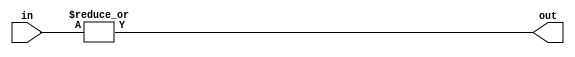
module OR_gate(input [15:0] in, output out);

assign out = |in;

endmodule